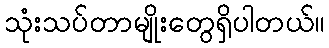
သုံးသပ်တာမျိုးတွေရှိပါတယ်။